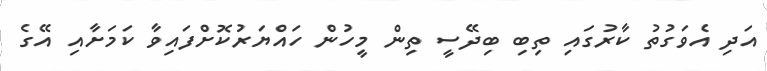
އަދި އެވަގުތު ކާރުގައި ތިބި ބިދޭސީ ތިން މީހުން ހައްޔަރުކޮށްފައިވާ ކަމަށާއި އޭގެ